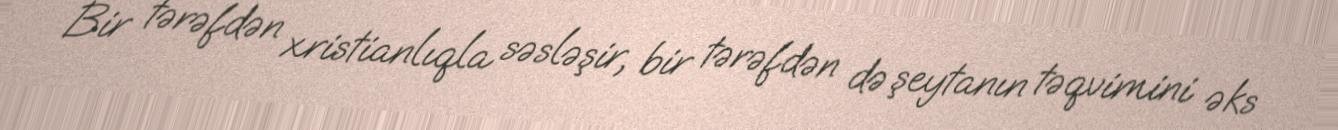
Bir tərəfdən xristianlıqla səsləşir, bir tərəfdən də şeytanın təqvimini əks